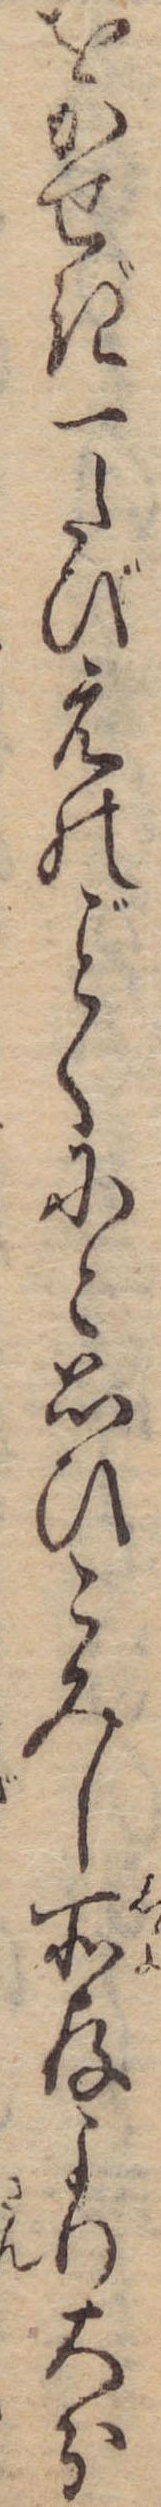
をかせぎ一たび元のくにと思ひこみし所存より大分